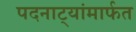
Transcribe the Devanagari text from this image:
पदनाट्यांमार्फत